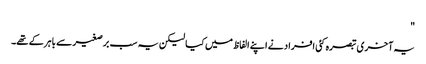
"
یہ آخری تبصرہ کئی افراد نے اپنے الفاظ میں کیا لیکن یہ سب برصغیر سے باہر کے تھے۔